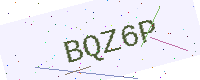
Text: BQZ6P